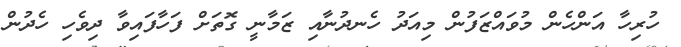
ހުރިހާ އަންހެން މުވައްޒަފުން މިއަދު ހެނދުނާއި ޒަމާނީ ގޮތަށް ފަހާފައިވާ ދިވެހި ހެދުން